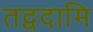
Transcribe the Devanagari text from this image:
तद्वदामि